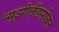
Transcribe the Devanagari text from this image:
न्यूझीलँडसोबत